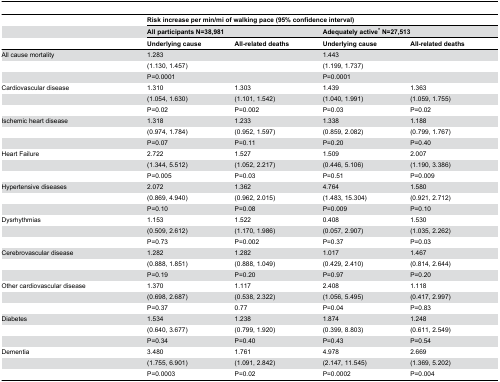
<table><thead><tr><td></td><td colspan="4"><b>Risk increase per min/mi of walking pace (95% confidence interval)</b></td></tr><tr><td></td><td colspan="2"><b>All participants N=38,981</b></td><td colspan="2"><b>Adequately active* N=27,513</b></td></tr><tr><td></td><td><b>Underlying cause</b></td><td><b>All-related deaths</b></td><td><b>Underlying cause</b></td><td><b>All-related deaths</b></td></tr></thead><tbody><tr><td>All cause mortality</td><td>1.283</td><td></td><td>1.443</td><td></td></tr><tr><td></td><td>(1.130, 1.457)</td><td></td><td> (1.199, 1.737)</td><td></td></tr><tr><td></td><td>P=0.0001</td><td></td><td>P=0.0001</td><td></td></tr><tr><td>Cardiovascular disease</td><td>1.310</td><td>1.303</td><td>1.439</td><td>1.363</td></tr><tr><td></td><td>(1.054, 1.630)</td><td>(1.101, 1.542)</td><td>(1.040, 1.991)</td><td> (1.059, 1.755)</td></tr><tr><td></td><td>P=0.02</td><td>P=0.002</td><td>P=0.03</td><td>P=0.02</td></tr><tr><td>Ischemic heart disease</td><td>1.318</td><td>1.233</td><td>1.338</td><td>1.188</td></tr><tr><td></td><td>(0.974, 1.784)</td><td>(0.952, 1.597)</td><td> (0.859, 2.082)</td><td> (0.799, 1.767)</td></tr><tr><td></td><td>P=0.07</td><td>P=0.11</td><td>P=0.20</td><td>P=0.40</td></tr><tr><td>Heart Failure</td><td>2.722</td><td>1.527</td><td>1.509</td><td>2.007</td></tr><tr><td></td><td>(1.344, 5.512)</td><td>(1.052, 2.217)</td><td> (0.446, 5.106)</td><td>(1.190, 3.386)</td></tr><tr><td></td><td>P=0.005</td><td>P=0.03</td><td>P=0.51</td><td>P=0.009</td></tr><tr><td>Hypertensive diseases</td><td>2.072</td><td>1.362</td><td>4.764</td><td>1.580</td></tr><tr><td></td><td>(0.869, 4.940)</td><td>(0.962, 2.015)</td><td>(1.483, 15.304)</td><td> (0.921, 2.712)</td></tr><tr><td></td><td>P=0.10</td><td>P=0.08</td><td>P=0.009</td><td>P=0.10</td></tr><tr><td>Dysrhythmias</td><td>1.153</td><td>1.522</td><td>0.408</td><td>1.530</td></tr><tr><td></td><td>(0.509, 2.612)</td><td>(1.170, 1.986)</td><td> (0.057, 2.907)</td><td> (1.035, 2.262)</td></tr><tr><td></td><td>P=0.73</td><td>P=0.002</td><td>P=0.37</td><td>P=0.03</td></tr><tr><td>Cerebrovascular disease</td><td>1.282</td><td>1.282</td><td>1.017</td><td>1.467</td></tr><tr><td></td><td>(0.888, 1.851)</td><td>(0.888, 1.049)</td><td> (0.429, 2.410)</td><td> (0.814, 2.644)</td></tr><tr><td></td><td>P=0.19</td><td>P=0.20</td><td>P=0.97</td><td>P=0.20</td></tr><tr><td>Other cardiovascular disease</td><td>1.370</td><td>1.117</td><td>2.408</td><td>1.118</td></tr><tr><td></td><td>(0.698, 2.687)</td><td>(0.538, 2.322)</td><td> (1.056, 5.495)</td><td> (0.417, 2.997)</td></tr><tr><td></td><td>P=0.37</td><td>0.77</td><td>P=0.04</td><td>P=0.83</td></tr><tr><td>Diabetes</td><td>1.534</td><td>1.238</td><td>1.874</td><td>1.248</td></tr><tr><td></td><td>(0.640, 3.677)</td><td>(0.799, 1.920)</td><td>(0.399, 8.803)</td><td> (0.611, 2.549)</td></tr><tr><td></td><td>P=0.34</td><td>P=0.40</td><td>P=0.43</td><td>P=0.54</td></tr><tr><td>Dementia</td><td>3.480</td><td>1.761</td><td>4.978</td><td>2.669</td></tr><tr><td></td><td>(1.755, 6.901)</td><td>(1.091, 2.842)</td><td>(2.147, 11.545)</td><td>(1.369, 5.202)</td></tr><tr><td></td><td>P=0.0003</td><td>P=0.02</td><td>P=0.0002</td><td>P=0.004</td></tr></tbody></table>